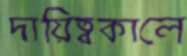
দায়িত্বকালে